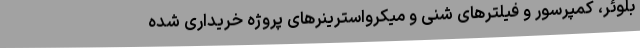
بلوئر، کمپرسور و فیلترهای شنی و میکرواسترینرهای پروژه خریداری شده